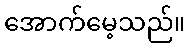
အောက်မေ့သည်။